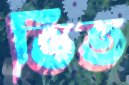
ভিত